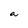
Character: a